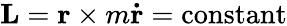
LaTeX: \mathbf{L}=\mathbf{r}\times m\mathbf{\dot{r}}={\mathrm{constant}}